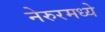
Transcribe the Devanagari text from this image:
नेरुरमध्ये